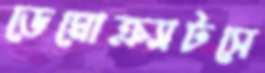
ডেমোক্র্যাটসে